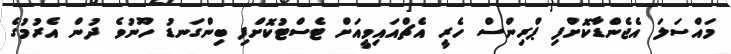
މައްސަލަ އެޖެންޑާކޮށްފި ޕްރިންސް ހެރީ އެޗްއައިވީއަށް ޓެސްޓުކޮށްފި ބިންގަނޑު ހޫނުވެ ދުން އެރުމުގެ